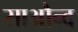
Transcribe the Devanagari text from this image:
साऔन्द